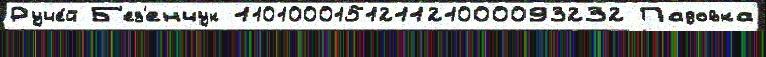
Руче́й Б'ез'енчук 110100015121121000093232 Падовка